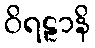
ဝိရဠာနိ